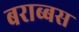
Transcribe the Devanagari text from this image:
बराब्बस